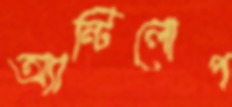
অ্যান্টিলোপ